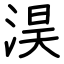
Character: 淏